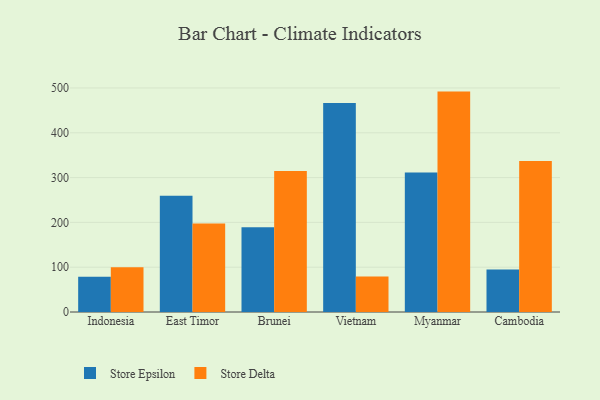
{"axis": {"x": "Country", "y": "Customer Acquisition Cost (USD)"}, "legend": ["Store Delta", "Store Epsilon"], "data": [{"x": "Indonesia", "y": 78.7, "type": "Store Epsilon"}, {"x": "Indonesia", "y": 99.8, "type": "Store Delta"}, {"x": "East Timor", "y": 259.5, "type": "Store Epsilon"}, {"x": "East Timor", "y": 197.3, "type": "Store Delta"}, {"x": "Brunei", "y": 189.1, "type": "Store Epsilon"}, {"x": "Brunei", "y": 314.7, "type": "Store Delta"}, {"x": "Vietnam", "y": 466.5, "type": "Store Epsilon"}, {"x": "Vietnam", "y": 79.0, "type": "Store Delta"}, {"x": "Myanmar", "y": 311.5, "type": "Store Epsilon"}, {"x": "Myanmar", "y": 491.9, "type": "Store Delta"}, {"x": "Cambodia", "y": 94.8, "type": "Store Epsilon"}, {"x": "Cambodia", "y": 336.8, "type": "Store Delta"}]}